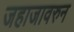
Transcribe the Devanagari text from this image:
जहाजावरुन